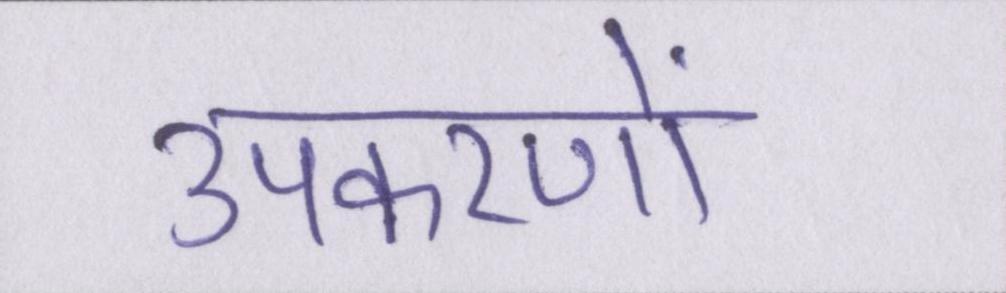
उपकरणों